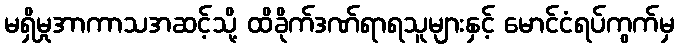
မရှိမှုအာကာသအဆင့်သို့ ထိခိုက်ဒဏ်ရာရသူများနှင့် မောင်ငံရပ်ကွက်မှ